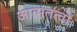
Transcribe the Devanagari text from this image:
आत्मतत्वों